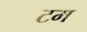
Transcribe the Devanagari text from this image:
टम